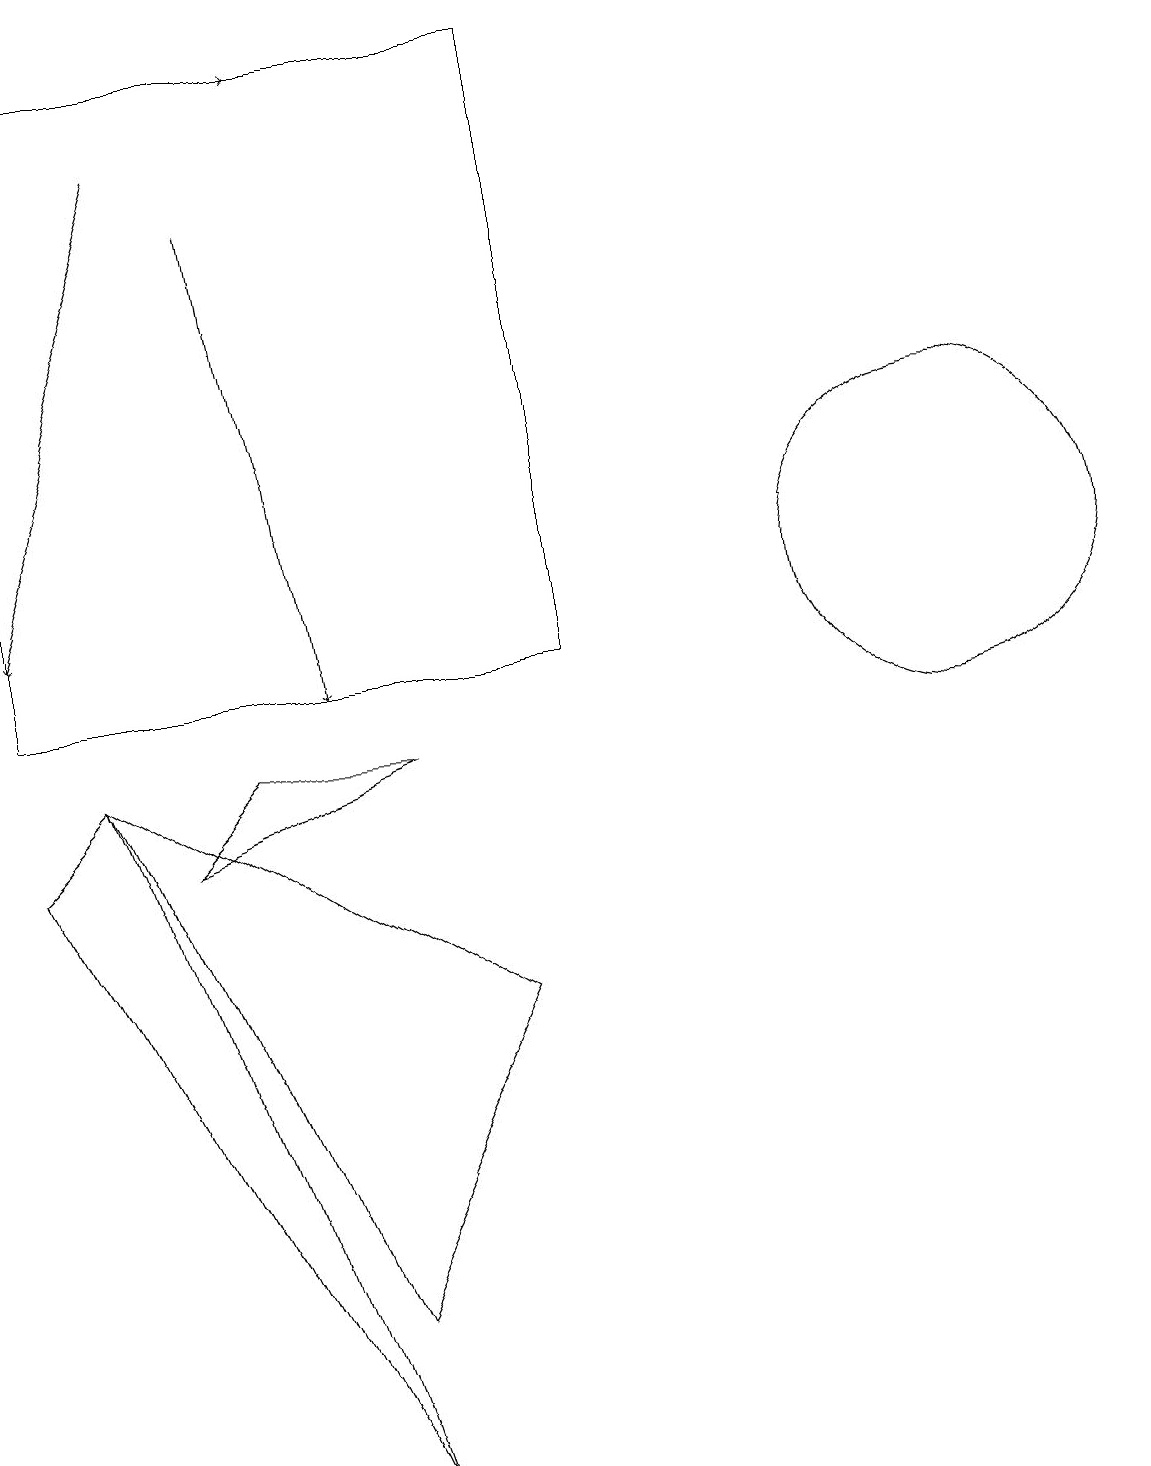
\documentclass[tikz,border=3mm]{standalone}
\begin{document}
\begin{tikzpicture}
\draw (12,11) circle (2);
\draw[->] (3,16) -- (4,10);
\draw[->] (2,17) -- (0,11);
\draw[->] (1,18) -- (4,18);
\draw (0,18) rectangle (7,10);
\draw (3,9) -- (5,9) -- (2,8) -- cycle;
\draw (1,9) -- (4,2) -- (6,6) -- cycle;
\draw (4,0) -- (0,8) -- (1,9) -- cycle;
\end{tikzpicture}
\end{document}